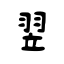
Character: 翌